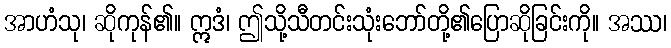
အာဟံသု၊ ဆိုကုန်၏။ ဣဒံ၊ ဤသို့သီတင်းသုံးဘော်တို့၏ပြောဆိုခြင်းကို။ အဿ၊